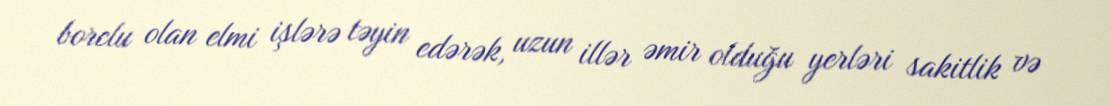
borclu olan elmi işlərə təyin edərək, uzun illər əmir olduğu yerləri sakitlik və